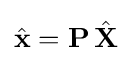
{\hat {\mathbf {x} }}=\mathbf {P} \,{\hat {\mathbf {X} }}